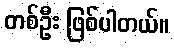
တစ်ဦး ဖြစ်ပါတယ်။